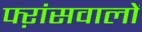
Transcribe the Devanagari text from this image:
फ्ऱांसवालों